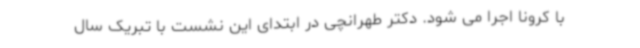
با کرونا اجرا می شود. دکتر طهرانچی در ابتدای این نشست با تبریک سال